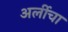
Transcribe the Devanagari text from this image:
अर्लीचा